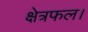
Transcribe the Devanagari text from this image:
क्षेत्रफल।